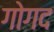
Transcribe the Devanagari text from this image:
गोगद